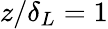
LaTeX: z/\delta_{L}=1